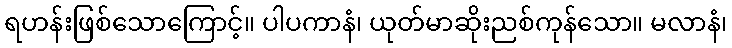
ရဟန်းဖြစ်သောကြောင့်။ ပါပကာနံ၊ ယုတ်မာဆိုးညစ်ကုန်သော။ မလာနံ၊